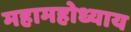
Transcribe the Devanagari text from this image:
महामहोध्याय